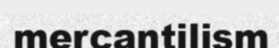
mercantilism